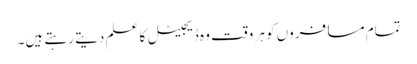
تمام مسافروں کو ہر وقت وہ ڈیجیٹل کا علم دیتے رہتے ہیں۔